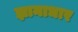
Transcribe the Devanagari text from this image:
ज्ञानाधार